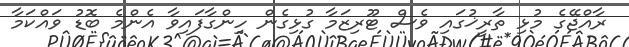
ރާއްޖޭގެ މުޅި ތާރީޚުގައި ވެސް ޓޫރިޒަމާ ގުޅިގެން ހިންގާފައިވާ އެންމެ ބޮޑު ވައްކަމާ